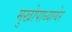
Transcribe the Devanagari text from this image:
मुखोपाध्यायेर